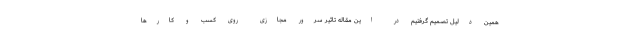
همین دلیل تصمیم گرفتیم در این مقاله تاثیر سرور مجازی روی کسب و کارها